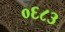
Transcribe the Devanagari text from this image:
०६८३